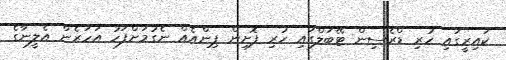
ކައިރީގައި ހުރި ޑްރެސިން ޓޭބަލްގައި ހުރި ފޮށިން ޕިންއެއް ނެގުމަށްފަހު އަހަރެން އެލީނާގެ